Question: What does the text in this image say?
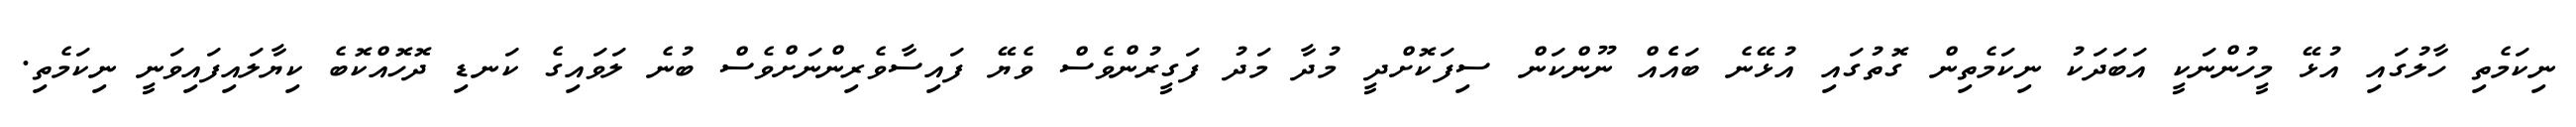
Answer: ނިކަމެތި ހާލުގައި އުޅޭ މީހުންނަކީ އަބަދަކު ނިކަމެތިން ގޮތުގައި އުޅޭނެ ބައެެއް ނޫންކަން ސިފަކޮށްދީ މުދާ މަދު ފަގީރުންވެސް ވެޔޭ ފައިސާވެރިންނަށްވެސް ބުނެ ލަވައިގެ ކަނޑި ދޮހޮއްކޮބެ ކިޔާލައިފައިވަނީ ނިކަމެތި.